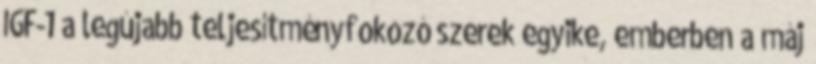
IGF-1 a legújabb teljesítményfokozó szerek egyike, emberben a máj